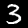
Label: 3